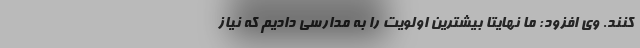
کنند. وی افزود: ما نهایتا بیشترین اولویت را به مدارسی دادیم که نیاز